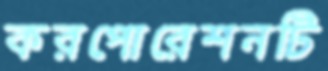
করপোরেশনটি